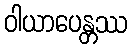
ဝါယာပေန္တဿ